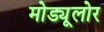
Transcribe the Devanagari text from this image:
मोड्यूलोर